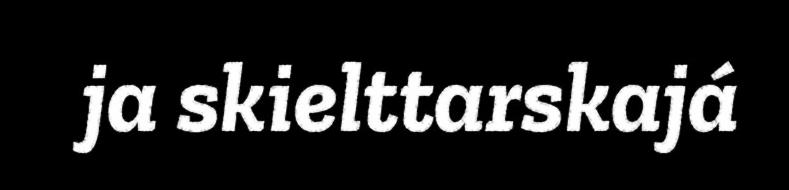
ja skielttarskajá